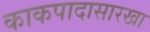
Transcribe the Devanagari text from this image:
काकपादासारखा